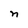
Character: n